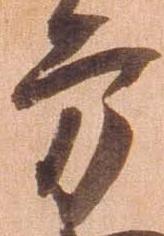
方